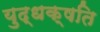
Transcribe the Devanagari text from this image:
युद्धक्षति